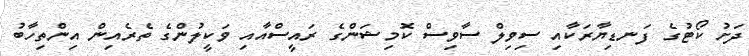
ދަށު ކޯޓުގެ ފަނޑިޔާރަކާއި ސިވިލް ސާވިސް ކޮމިޝަންގެ ރައީސްއާއި ވަކީލުންގެ ތެރެއިން އިންތިހާބު